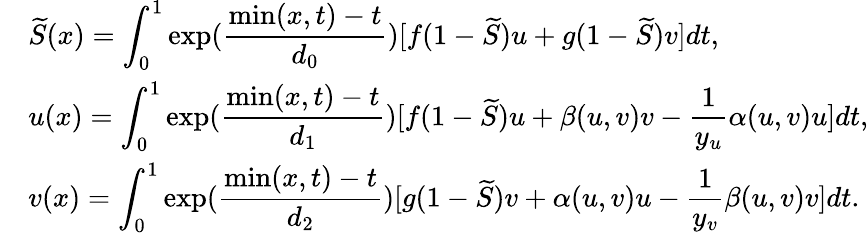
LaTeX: \begin{array}{llll}&{\widetilde{S}(x)=\displaystyle\int_{0}^{1}\exp(\frac{\operatorname*{min}(x,t)-t}{d_{0}})[f(1-\widetilde{S})u+g(1-\widetilde{S})v]dt,}\\ &{u(x)=\displaystyle\int_{0}^{1}\exp(\frac{\operatorname*{min}(x,t)-t}{d_{1}})[f(1-\widetilde{S})u+\beta(u,v)v-\frac{1}{y_{u}}\alpha(u,v)u]dt,}\\ &{v(x)=\displaystyle\int_{0}^{1}\exp(\frac{\operatorname*{min}(x,t)-t}{d_{2}})[g(1-\widetilde{S})v+\alpha(u,v)u-\frac{1}{y_{v}}\beta(u,v)v]dt.}\end{array}